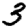
Digit: 3